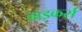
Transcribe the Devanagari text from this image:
वाइकर्स